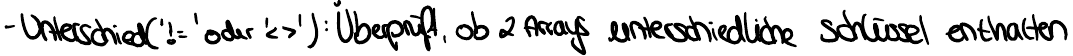
- Unterschied('!=' oder '<>'): Überprüft, ob 2 Arrays unterschiedliche Schlüssel enthalten